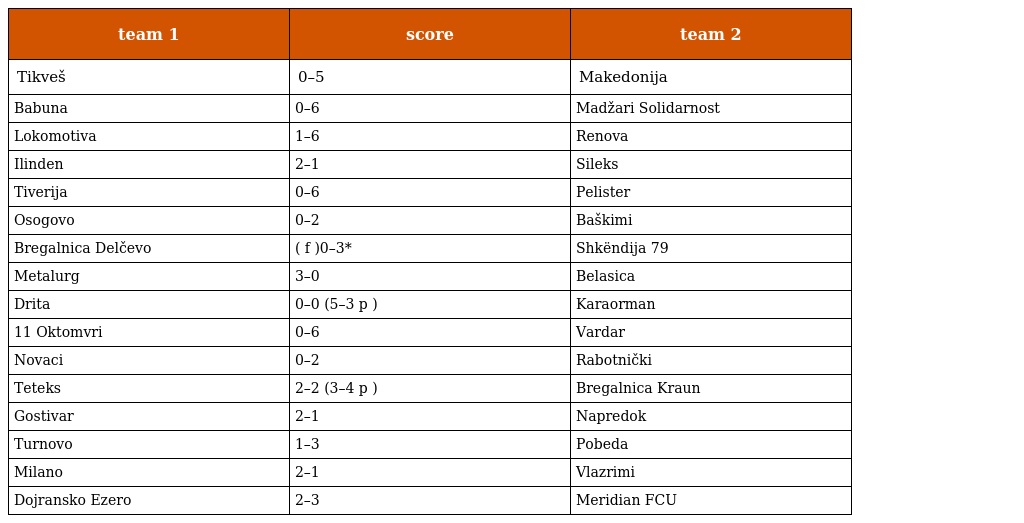
| team 1 | score | team 2 |
 | --- | --- | --- |
 | Tikveš | 0–5 | Makedonija |
 | Babuna | 0–6 | Madžari Solidarnost |
 | Lokomotiva | 1–6 | Renova |
 | Ilinden | 2–1 | Sileks |
 | Tiverija | 0–6 | Pelister |
 | Osogovo | 0–2 | Baškimi |
 | Bregalnica Delčevo | ( f )0–3* | Shkëndija 79 |
 | Metalurg | 3–0 | Belasica |
 | Drita | 0–0 (5–3 p ) | Karaorman |
 | 11 Oktomvri | 0–6 | Vardar |
 | Novaci | 0–2 | Rabotnički |
 | Teteks | 2–2 (3–4 p ) | Bregalnica Kraun |
 | Gostivar | 2–1 | Napredok |
 | Turnovo | 1–3 | Pobeda |
 | Milano | 2–1 | Vlazrimi |
 | Dojransko Ezero | 2–3 | Meridian FCU |